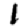
Digit: 1